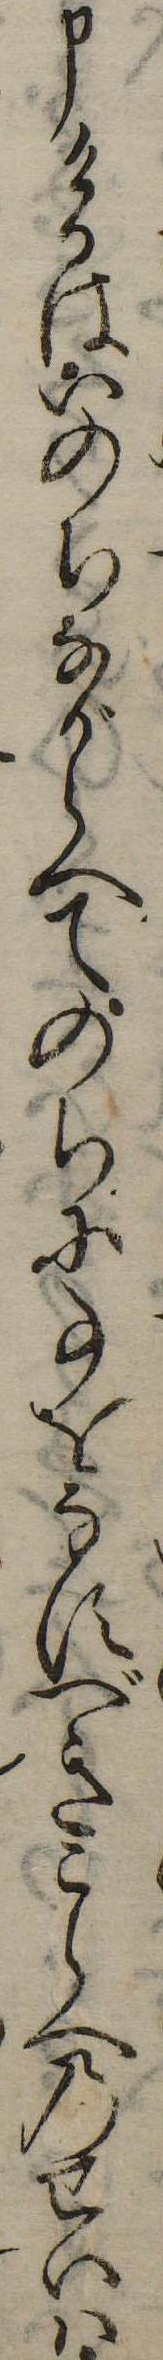
申けるはいのちながらへてのちに事をなすべきこらへのせいは